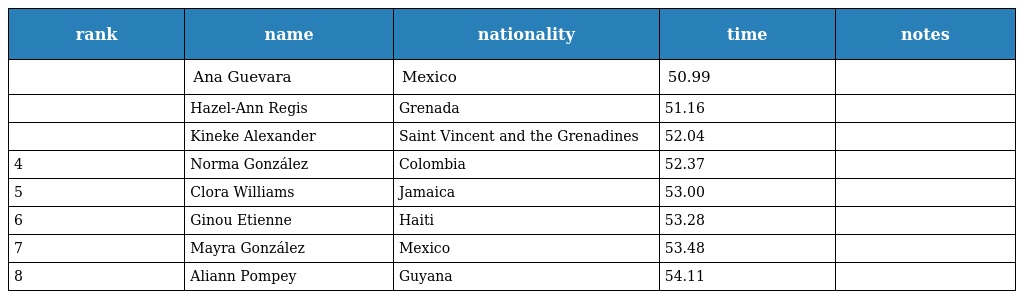
| rank | name | nationality | time | notes |
 | --- | --- | --- | --- | --- |
 |  | Ana Guevara | Mexico | 50.99 |  |
 |  | Hazel-Ann Regis | Grenada | 51.16 |  |
 |  | Kineke Alexander | Saint Vincent and the Grenadines | 52.04 |  |
 | 4 | Norma González | Colombia | 52.37 |  |
 | 5 | Clora Williams | Jamaica | 53.00 |  |
 | 6 | Ginou Etienne | Haiti | 53.28 |  |
 | 7 | Mayra González | Mexico | 53.48 |  |
 | 8 | Aliann Pompey | Guyana | 54.11 |  |